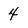
Character: 4